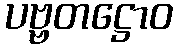
ပဗ္ဗတဋ္ဌောဝ